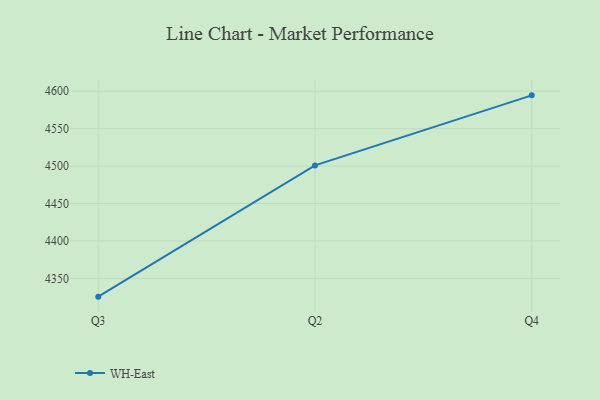
{"axis": {"x": "Quarter", "y": "Humidity (%)"}, "legend": ["WH-East"], "data": [{"x": "Q3", "y": 4325.5, "type": "WH-East"}, {"x": "Q2", "y": 4500.9, "type": "WH-East"}, {"x": "Q4", "y": 4594.5, "type": "WH-East"}]}